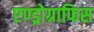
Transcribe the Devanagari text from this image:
एण्ड्रोग्राफिस